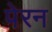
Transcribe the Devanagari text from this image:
पेरन